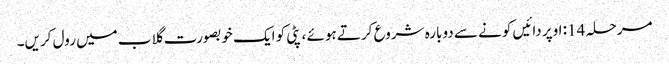
مرحلہ 14: اوپر دائیں کونے سے دوبارہ شروع کرتے ہوئے ، پٹی کو ایک خوبصورت گلاب میں رول کریں۔